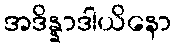
အဒိန္နာဒါယိနော